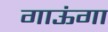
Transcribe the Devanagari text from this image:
गाऊंगा